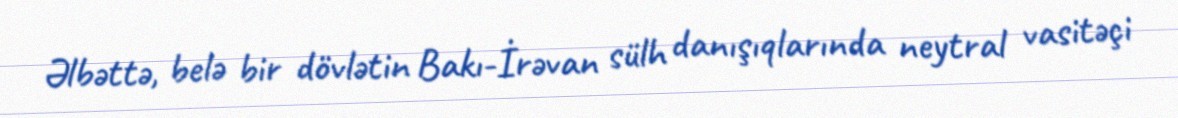
Əlbəttə, belə bir dövlətin Bakı-İrəvan sülh danışıqlarında neytral vasitəçi